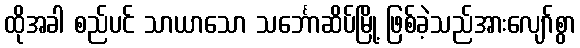
ထိုအခါ စည်ပင် သာယာသော သင်္ဘောဆိပ်မြို့ ဖြစ်ခဲ့သည်အားလျော်စွာ